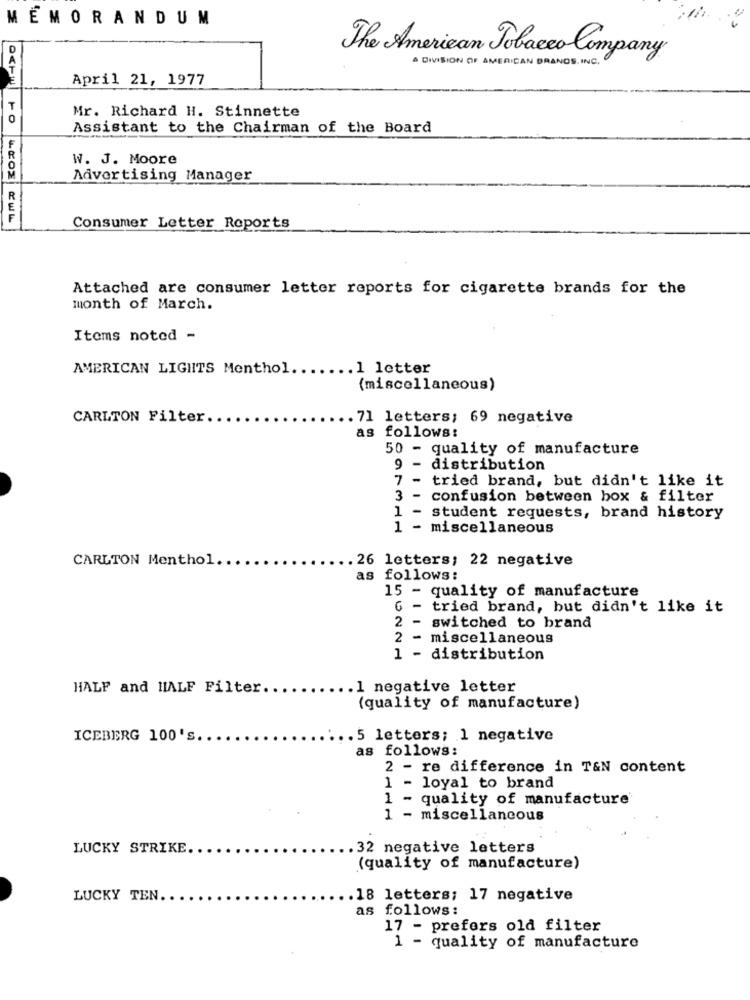
MEMORANDUM
The American Tobacco Company
A DIVISION OF AMERICAN BRANDS INC .
April 21, 1977
Mr. Richard H. Stinnette
0
Assistant to the Chairman of the Board
W. J. Moore
Advertising Manager
R
Consumer Letter Reports
Attached are consumer letter reports for cigarette brands for the
month of March.
Items noted -
AMERICAN LIGHTS Menthol. ...
.. 1 letter
(miscellaneous)
CARLTON Filter.
. 71 letters; 69 negative
as follows:
50 - quality of manufacture
9 -
distribution
7 -
tried brand, but didn't like it
3 -
confusion between box & filter
1 -
student requests, brand history
1 - miscellaneous
CARLTON Menthol.
. 26 letters; 22 negative
as follows:
15 - quality of manufacture
6 - tried brand, but didn't like it
2 - switched to brand
2 - miscellaneous
1 - distribution
HALF and HALF Filter.
1 negative letter
(quality of manufacture)
ICEBERG 100's.
. 5 letters; 1 negative
as follows:
2 - re difference in T&N content
1 - loyal to brand
1 - quality of manufacture
1 - miscellaneous
LUCKY STRIKE
. 32 negative letters
(quality of manufacture)
LUCKY TEN.
.18 letters; 17 negative
as follows:
17 - prefers old filter
1 - quality of manufacture